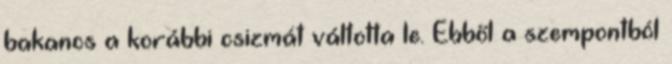
bakancs a korábbi csizmát váltotta le. Ebből a szempontból